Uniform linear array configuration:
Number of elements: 24
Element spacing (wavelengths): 0.5
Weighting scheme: binomial
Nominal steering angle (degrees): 30
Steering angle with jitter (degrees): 29.475
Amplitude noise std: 0.05
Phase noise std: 0.05

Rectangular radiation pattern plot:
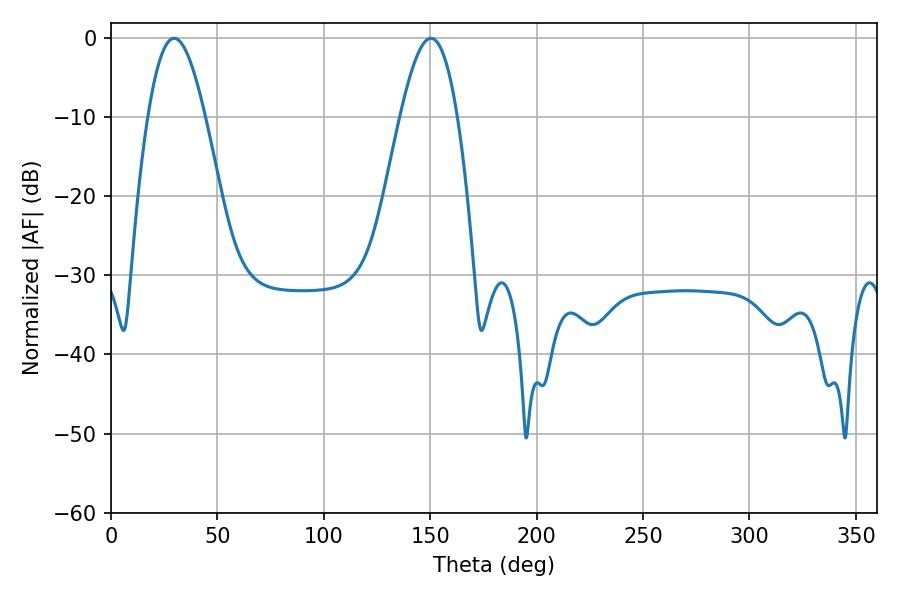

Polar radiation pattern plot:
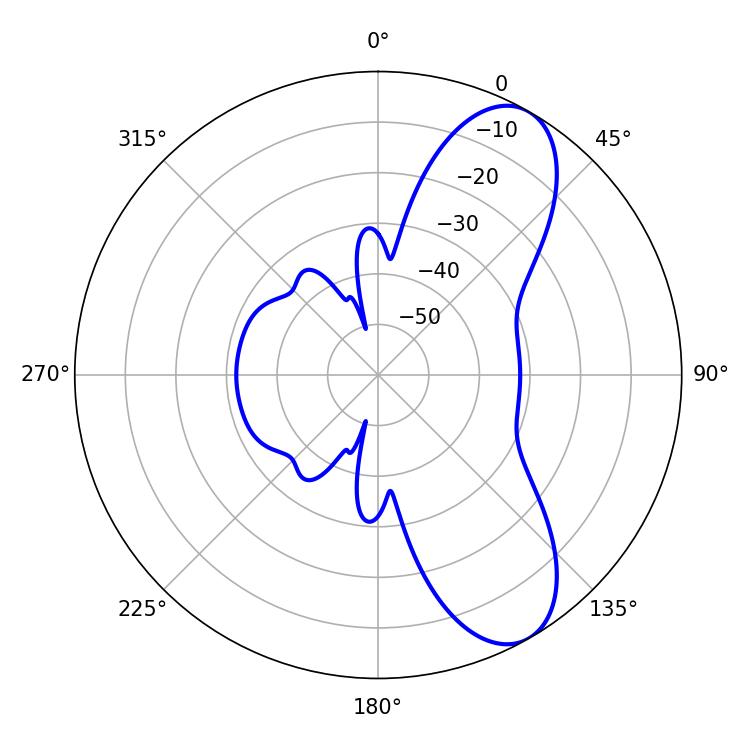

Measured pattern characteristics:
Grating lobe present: FALSE
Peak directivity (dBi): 8.572
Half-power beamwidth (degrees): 14.58
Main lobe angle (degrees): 29.7